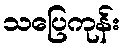
သပြေကုန်း